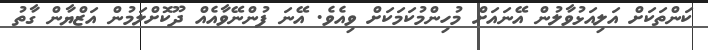
ކަންތަކަށް އަލިއަޅުވާލުން އޭނައަށް މުހިންމުކަމަކަށް ވިއެވެ. އޭނަ ފުންނޭވާއެއް ދޫކޮށްލަމުން އަޒްޔާން ގާތު